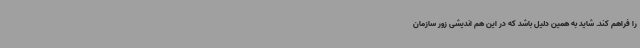
را فراهم کند. شاید به همین دلیل باشد که در این هم اندیشی زور سازمان